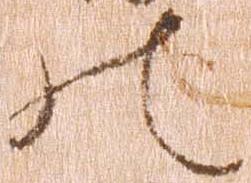
の